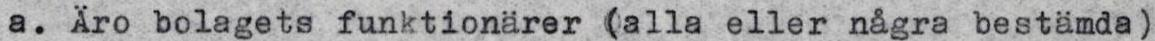
a. Äro bolagets funktionärer (alla eller några bestämda)